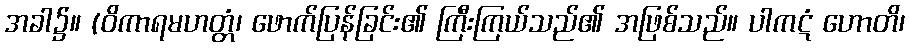
အခါ၌။ (ဝိကာရမဟတ္တံ၊ ဖောက်ပြန်ခြင်း၏ ကြီးကြယ်သည်၏ အဖြစ်သည်။ ပါကဋံ ဟောတိ၊